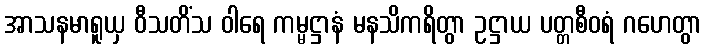
အာသနမာရူယှ ဝီသတိံသ ဝါရေ ကမ္မဋ္ဌာနံ မနသိကရိတွာ ဥဋ္ဌာယ ပတ္တစီဝရံ ဂဟေတွာ